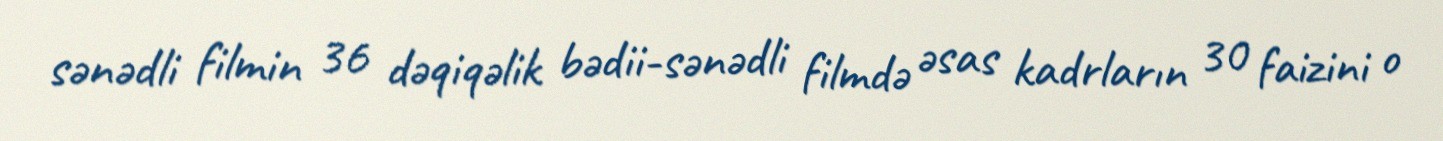
sənədli filmin 36 dəqiqəlik bədii-sənədli filmdə əsas kadrların 30 faizini o